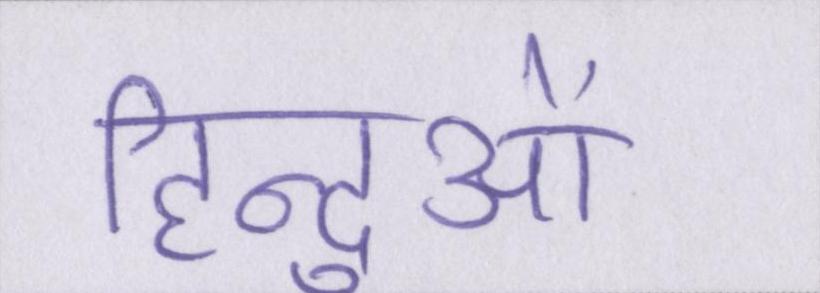
हिन्दुओं